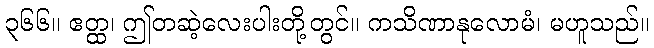
၃၆၆။ ဧတ္ထ၊ ဤတဆဲ့လေးပါးတို့တွင်။ ကသိဏာနုလောမံ၊ မဟူသည်။